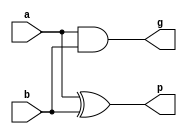
module pgGen(
	input	a,
	input	b,
	output	p,
	output	g
);
	assign p = a^b;
	assign g = a&b;
endmodule